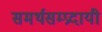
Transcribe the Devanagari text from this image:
समर्थसम्प्रदायी